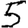
Digit: 5